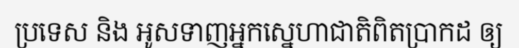
ប្រទេស និង អូសទាញអ្នកស្នេហាជាតិពិតប្រាកដ ឲ្យ